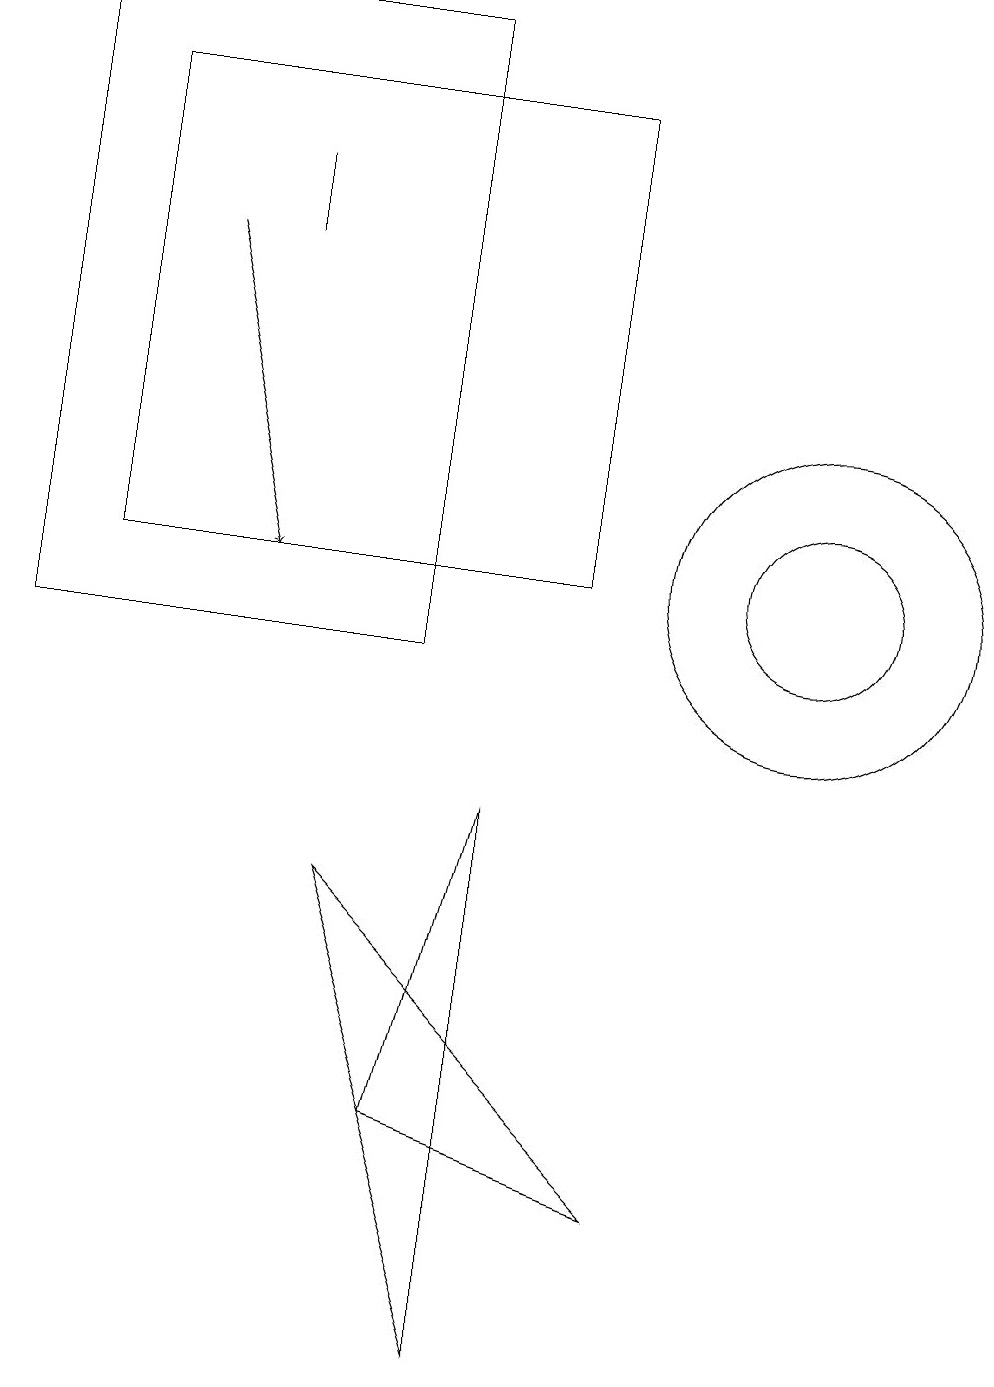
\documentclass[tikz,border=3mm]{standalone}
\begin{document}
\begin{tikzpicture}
\draw (6,4) -- (5,7) -- (9,3) -- cycle;
\draw[->] (3,15) -- (4,11);
\draw (7,1) -- (7,8) -- (6,4) -- cycle;
\draw (6,18) rectangle (1,10);
\draw (11,11) circle (1);
\draw (2,11) rectangle (8,17);
\draw (11,11) circle (2);
\draw (4,16) rectangle (4,15);
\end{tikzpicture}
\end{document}